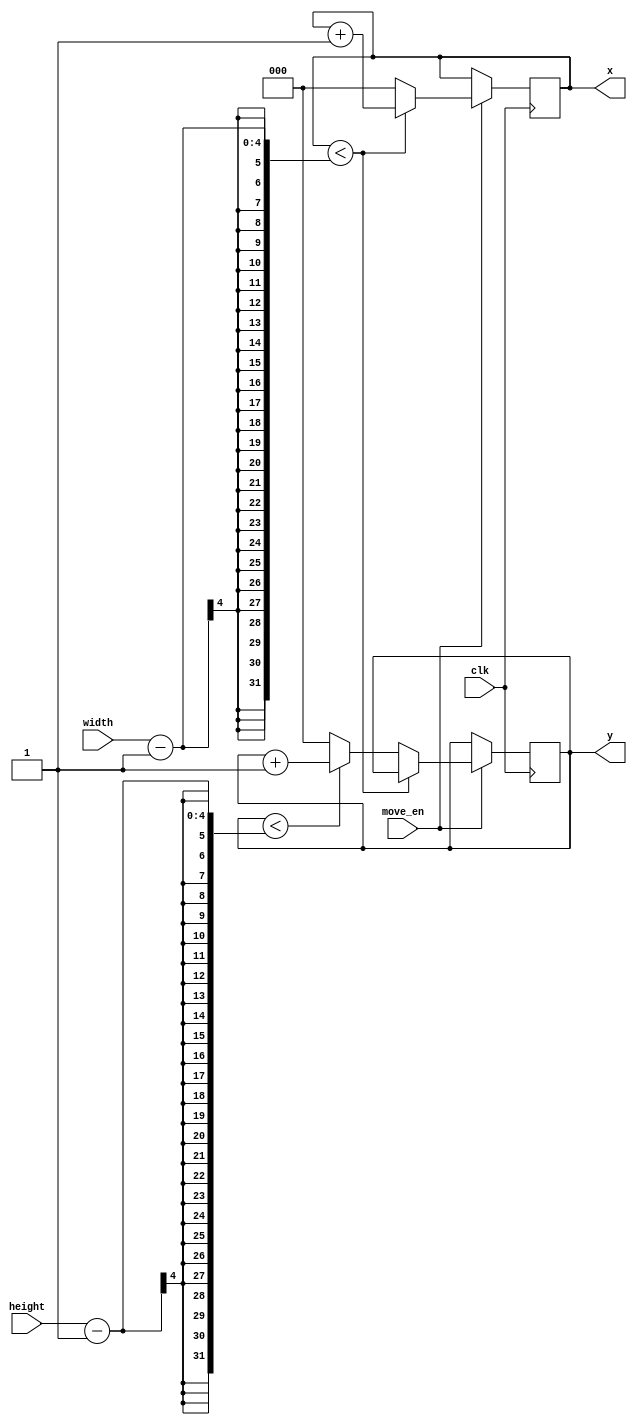
`timescale 1ns / 1ps
//////////////////////////////////////////////////////////////////////////////////
// Company: 
// Engineer: 
// 
// Design Name: 
// Module Name: XYScanner
// Project Name: 
// Target Devices: 
// Tool Versions: 
// Description: 
// 
// Dependencies: 
// 
// Revision:
// Revision 0.01 - File Created
// Additional Comments:
// 
//////////////////////////////////////////////////////////////////////////////////


module XYScanner #(parameter XBITS = 3, parameter YBITS = 3) (
    input clk,
    input move_en,
    input [XBITS+1-1:0] width,
    input [YBITS+1-1:0] height,
    output reg [XBITS-1:0] x,
    output reg [YBITS-1:0] y
    );
    
    always @(posedge clk) begin
        if (move_en) begin
            if (x < width - 1) begin
                x <= x + 1;
            end
            else begin
                x <= 0;
                y <= y < height - 1 ? y + 1 : 0;
            end
        end
    end
    
endmodule